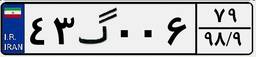
۴۳گ۰۰۶۷۹